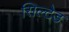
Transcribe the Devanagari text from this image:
सिल्टेड